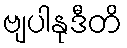
ဗျပါနုဒီတိ